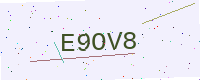
Text: E9OV8